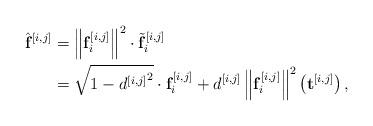
LaTeX: \begin{align*} \hat{\mathbf{f}}^{[i,j]} &= \left\|\mathbf{f}_{i}^{[i,j]}\right\|^2 \cdot\tilde{\mathbf{f}}_{i}^{[i,j]} \\ & =\sqrt{1-{d^{[i,j]}}^2}\cdot\mathbf{f}_{i}^{[i,j]}+d^{[i,j]}\left\|\mathbf{f}_{i}^{[i,j]}\right\|^2\left(\mathbf{t}^{[i,j]}\right),\end{align*}